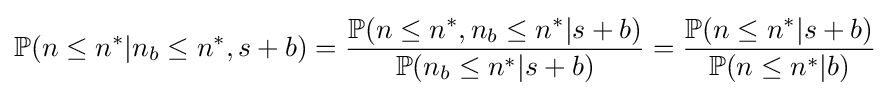
\mathbb {P} (n\leq n^{*}|n_{b}\leq n^{*},s+b)={\frac {\mathbb {P} (n\leq n^{*},n_{b}\leq n^{*}|s+b)}{\mathbb {P} (n_{b}\leq n^{*}|s+b)}}={\frac {\mathbb {P} (n\leq n^{*}|s+b)}{\mathbb {P} (n\leq n^{*}|b)}}